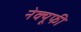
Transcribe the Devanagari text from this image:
नेक्यूफी